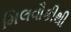
મિલવૌકીથી